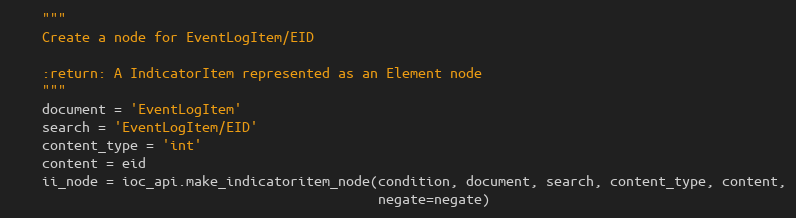
Language: Python
    """
    Create a node for EventLogItem/EID

    :return: A IndicatorItem represented as an Element node
    """
    document = 'EventLogItem'
    search = 'EventLogItem/EID'
    content_type = 'int'
    content = eid
    ii_node = ioc_api.make_indicatoritem_node(condition, document, search, content_type, content,
                                              negate=negate)